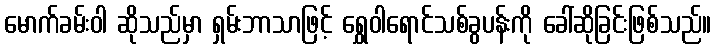
မောက်ခမ်းဝါ ဆိုသည်မှာ ရှမ်းဘာသာဖြင့် ရွှေဝါရောင်သစ်ခွပန်းကို ခေါ်ဆိုခြင်းဖြစ်သည်။